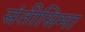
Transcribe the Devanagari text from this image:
संतीसिमा